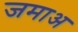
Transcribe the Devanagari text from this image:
जमाअ